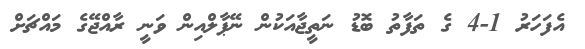
އެފަހަރު 1-4 ގެ ތަފާތު ބޮޑު ނަތީޖާއަކުން ނޭޕާލްއިން ވަނީ ރާއްޖޭގެ މައްޗަށް